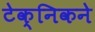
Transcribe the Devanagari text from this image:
टेक्निकने